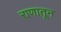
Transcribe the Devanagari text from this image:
राणातून